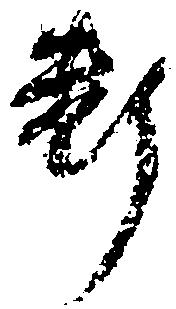
断